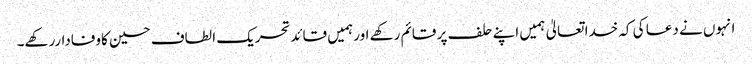
انہوں نے دعا کی کہ خدا تعالیٰ ہمیں اپنے حلف پر قائم رکھے اورہمیں قائدتحریک الطاف حسین کاوفاداررکھے۔